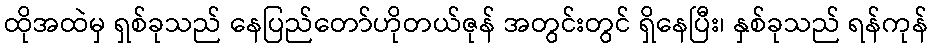
ထိုအထဲမှ ရှစ်ခုသည် နေပြည်တော်ဟိုတယ်ဇုန် အတွင်းတွင် ရှိနေပြီး၊ နှစ်ခုသည် ရန်ကုန်